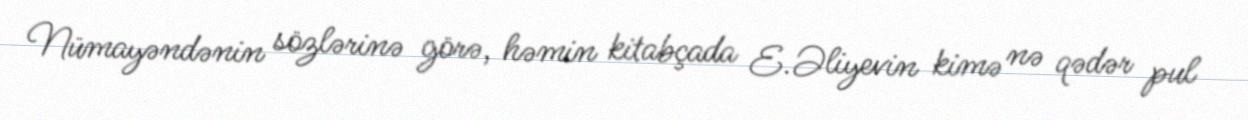
Nümayəndənin sözlərinə görə, həmin kitabçada E.Əliyevin kimə nə qədər pul